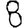
Digit: 8